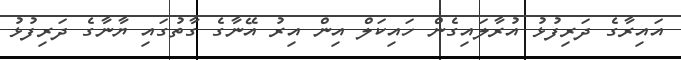
އައިރާގެ ދަރިފުޅު އުރާލައިގެން ހައިކަލް އިން އިރު އޭނާގެ ގާތުގައި ޔާނާގެ ދަރިފުޅު